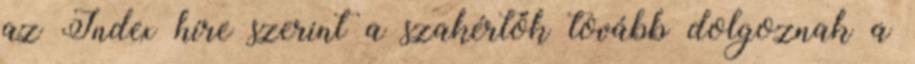
az Index híre szerint a szakértők tovább dolgoznak a